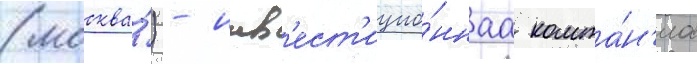
(москва́) - инв'ест'ицио́ннаа компа́н'иа